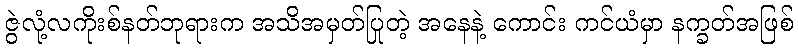
ဇွဲလုံ့လကိုးစ်နတ်ဘုရားက အသိအမှတ်ပြုတဲ့ အနေနဲ့ ကောင်း ကင်ယံမှာ နက္ခတ်အဖြစ်